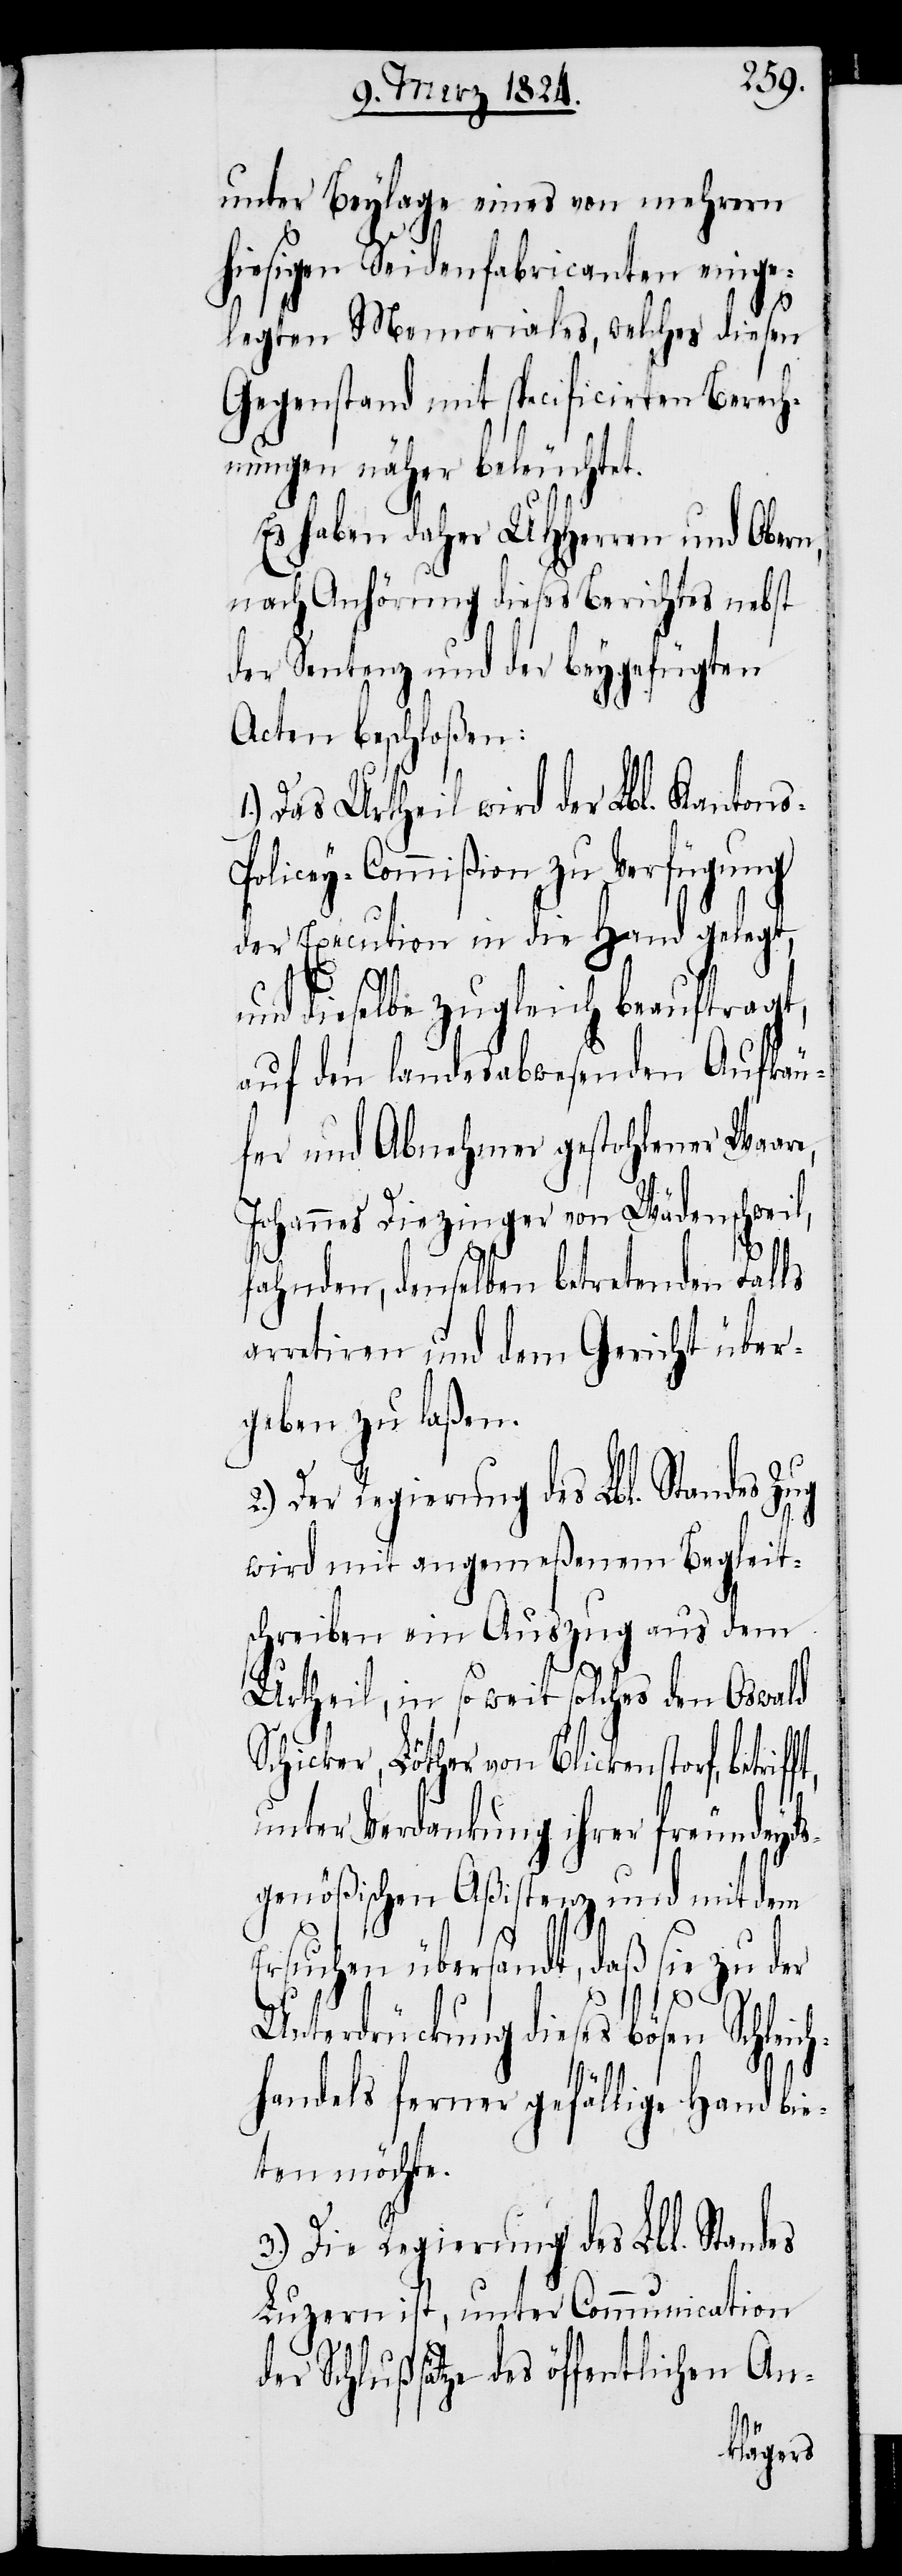
unter Beylage eines von mehrern
hiesigen Seidenfabricanten einge¬
legten Memorials, welches diesen
Gegenstand mit specificirten Berech¬
nungen näher beleuchtet.
Es haben daher UHHerren und Obern,
nach Anhörung dieses Berichtes nebst
der Sentenz und der beygefügten
Acten beschloßen:
Das Urtheil wird der Lbl. Kanton¬
olicey-Commißion zu Verfügung
der Execution in die Hand gelegt,
und dieselbe zugleich beauftragt,
auf den landesabwesenden Aufkäu¬
fer und Abnehmer gestohlener Waar¬
Johannes Diezinger von Wädenschweil,
fahnden, denselben betretenden Falls
arretiren und dem Gericht über¬
geben zu laßen.
wird mit angemeßenem Begleit¬
schreiben ein Auszug aus dem
Urtheil, in so weit solches den Oswald
Schicker, Löther von Blickenstorf, betri¬
er
unter Verdankung ihrer freundeyds¬
genößischen Aßistenz und mit dem
Ersuchen übersandt, daß sie zu d¬
Unterdrückung dieses bösen Schleich¬
handels ferner gefällige Hand bi¬
eten möchte.
3.) Die Regierung des Lbl. Standes
Luzern ist, unter Communication
der Schlußsätze des öffentlichen An-
s-P¬